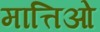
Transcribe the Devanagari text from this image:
मात्तिओ